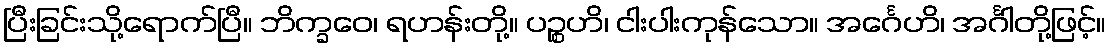
ပြီးခြင်းသို့ရောက်ပြီ။ ဘိက္ခဝေ၊ ရဟန်းတို့။ ပဉ္စဟိ၊ ငါးပါးကုန်သော။ အင်္ဂေဟိ၊ အင်္ဂါတို့ဖြင့်။